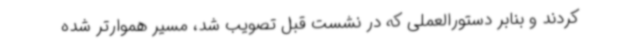
کردند و بنابر دستورالعملی که در نشست قبل تصویب شد، مسیر هموارتر شده